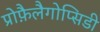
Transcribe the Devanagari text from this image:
प्रोफ़ैलैगोप्सिडी